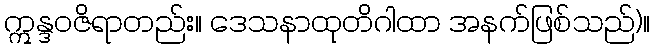
ဣန္ဒဝဇိရာတည်း။ ဒေသနာထုတိဂါထာ အနက်ဖြစ်သည်)။